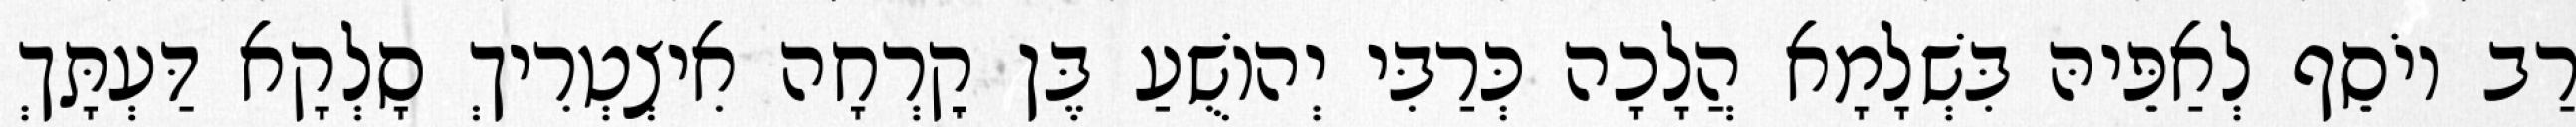
רַב יוֹסֵף לְאַפֵּיהּ בִּשְׁלָמָא הֲלָכָה כְּרַבִּי יְהוֹשֻׁעַ בֶּן קׇרְחָה אִיצְטְרִיךְ סָלְקָא דַּעְתָּךְ